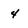
Character: 4